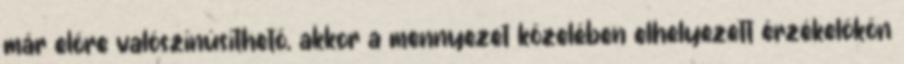
már elõre valószínûsíthetõ, akkor a mennyezet közelében elhelyezett érzékelõkön